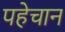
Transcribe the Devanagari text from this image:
पहेचान